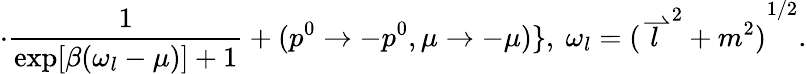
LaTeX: \cdot\frac{1}{\exp[\beta(\omega_{l}-\mu)]+1}+(p^{0}\to-p^{0},\mu\to-\mu)\} ,\ \omega_{l}={({\stackrel{\rightharpoonup}{l}}^{2}+m^{2})}^{1/2}.